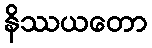
နိဿယတော